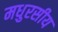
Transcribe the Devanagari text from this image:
मधुरसीय